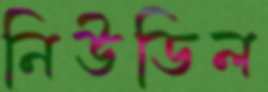
নিউডিল